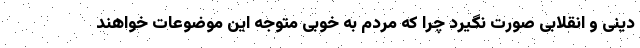
دینی و انقلابی صورت نگیرد چرا که مردم به خوبی متوجه این موضوعات خواهند